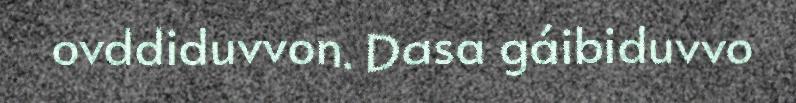
ovddiduvvon. Dasa gáibiduvvo